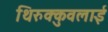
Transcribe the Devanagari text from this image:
थिरुक्कुवलाई